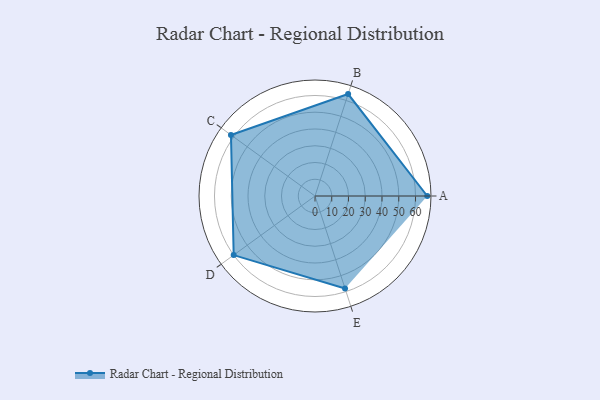
{"axis": {"x": "Skill", "y": "Score"}, "legend": ["Profile"], "data": [{"x": "A", "y": 67.0, "type": "Profile"}, {"x": "B", "y": 64.0, "type": "Profile"}, {"x": "C", "y": 62.0, "type": "Profile"}, {"x": "D", "y": 60.0, "type": "Profile"}, {"x": "E", "y": 58.0, "type": "Profile"}]}